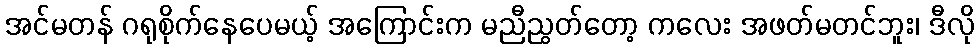
အင်မတန် ဂရုစိုက်နေပေမယ့် အကြောင်းက မညီညွတ်တော့ ကလေး အဖတ်မတင်ဘူး၊ ဒီလို